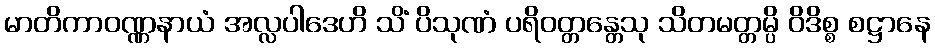
မာတိကာဝဏ္ဏနာယံ အလ္လပါဒေဟိ သိံ ပိသုဏံ ပရိဝတ္တန္တေသု သိတမတ္တမ္ပိ ဝိဒိစ္စ စဋ္ဌာနေ